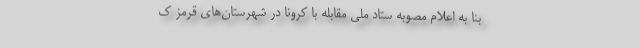
بنا به اعلام مصوبه ستاد ملی مقابله با کرونا در شهرستان‌های قرمز ک